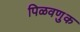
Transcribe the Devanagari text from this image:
पिळवणुक